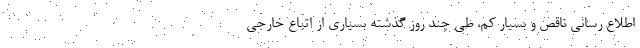
اطلاع رسانی ناقص و بسیار کم، طی چند روز گذشته بسیاری از اتباع خارجی